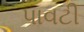
પાવટી